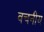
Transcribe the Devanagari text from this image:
वचनीय